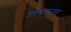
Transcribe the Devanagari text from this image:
उपसागरासह